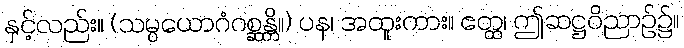
နှင့်လည်း။ (သမ္ပယောဂံဂစ္ဆန္တိ။) ပန၊ အထူးကား။ ဧတ္ထ၊ ဤဆဋ္ဌဝိညာဉ်၌။